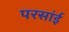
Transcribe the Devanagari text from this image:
परसांई